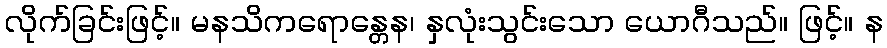
လိုက်ခြင်းဖြင့်။ မနသိကရောန္တေန၊ နှလုံးသွင်းသော ယောဂီသည်။ ဖြင့်။ န